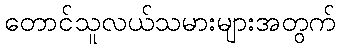
တောင်သူလယ်သမားများအတွက်